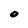
Character: O